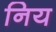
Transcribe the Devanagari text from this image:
निय